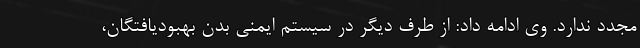
مجدد ندارد. وی ادامه داد: از طرف دیگر در سیستم ایمنی بدن بهبودیافتگان،